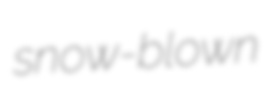
snow-blown